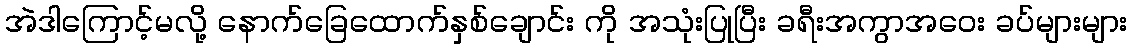
အဲဒါကြောင့်မလို့ နောက်ခြေထောက်နှစ်ချောင်း ကို အသုံးပြုပြီး ခရီးအကွာအဝေး ခပ်များများ